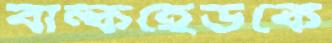
বাল্কহেডকে